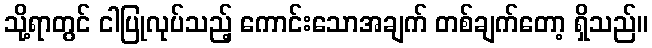
သို့ရာတွင် ငါပြုလုပ်သည့် ကောင်းသောအချက် တစ်ချက်တော့ ရှိသည်။